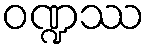
ဝဏ္ဍဿ